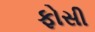
ફોસી